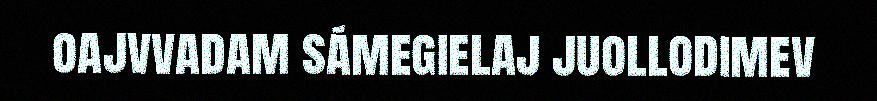
oajvvadam sámegielaj juollodimev